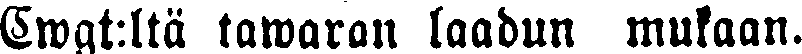
Cwgt:ltä tawaran laadun mukaan.